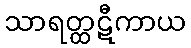
သာရတ္ထဋီကာယ